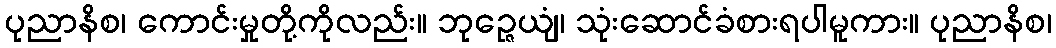
ပုညာနိစ၊ ကောင်းမှုတို့ကိုလည်း။ ဘုဉ္ဇေယျံ၊ သုံးဆောင်ခံစားရပါမူကား။ ပုညာနိစ၊